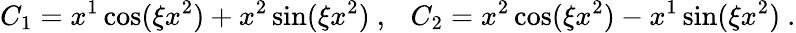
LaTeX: C_{1}=x^{1}\cos(\xi x^{2})+x^{2}\sin(\xi x^{2})\ ,\ \ \ C_{2}=x^{2}\cos(\xi x^{2})-x^{1}\sin(\xi x^{2})\ .